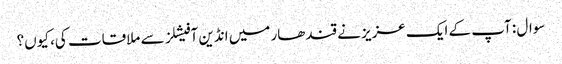
سوال : آپ کے ایک عزیز نے قندھار میں انڈین آفیشلز سے ملاقات کی، کیوں؟